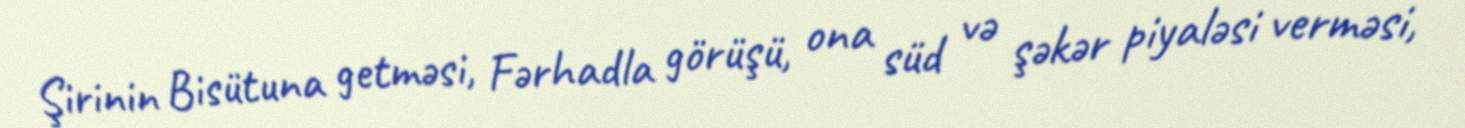
Şirinin Bisütuna getməsi, Fərhadla görüşü, ona süd və şəkər piyaləsi verməsi,